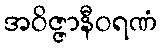
အဝိဇ္ဇာနီဝရဏံ